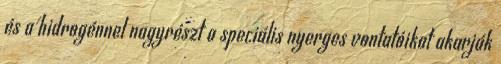
és a hidrogénnel nagyrészt a speciális nyerges vontatóikat akarják